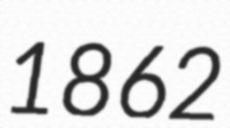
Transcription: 1862